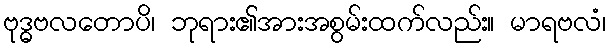
ဗုဒ္ဓဗလတောပိ၊ ဘုရား၏အားအစွမ်းထက်လည်း။ မာရဗလံ၊